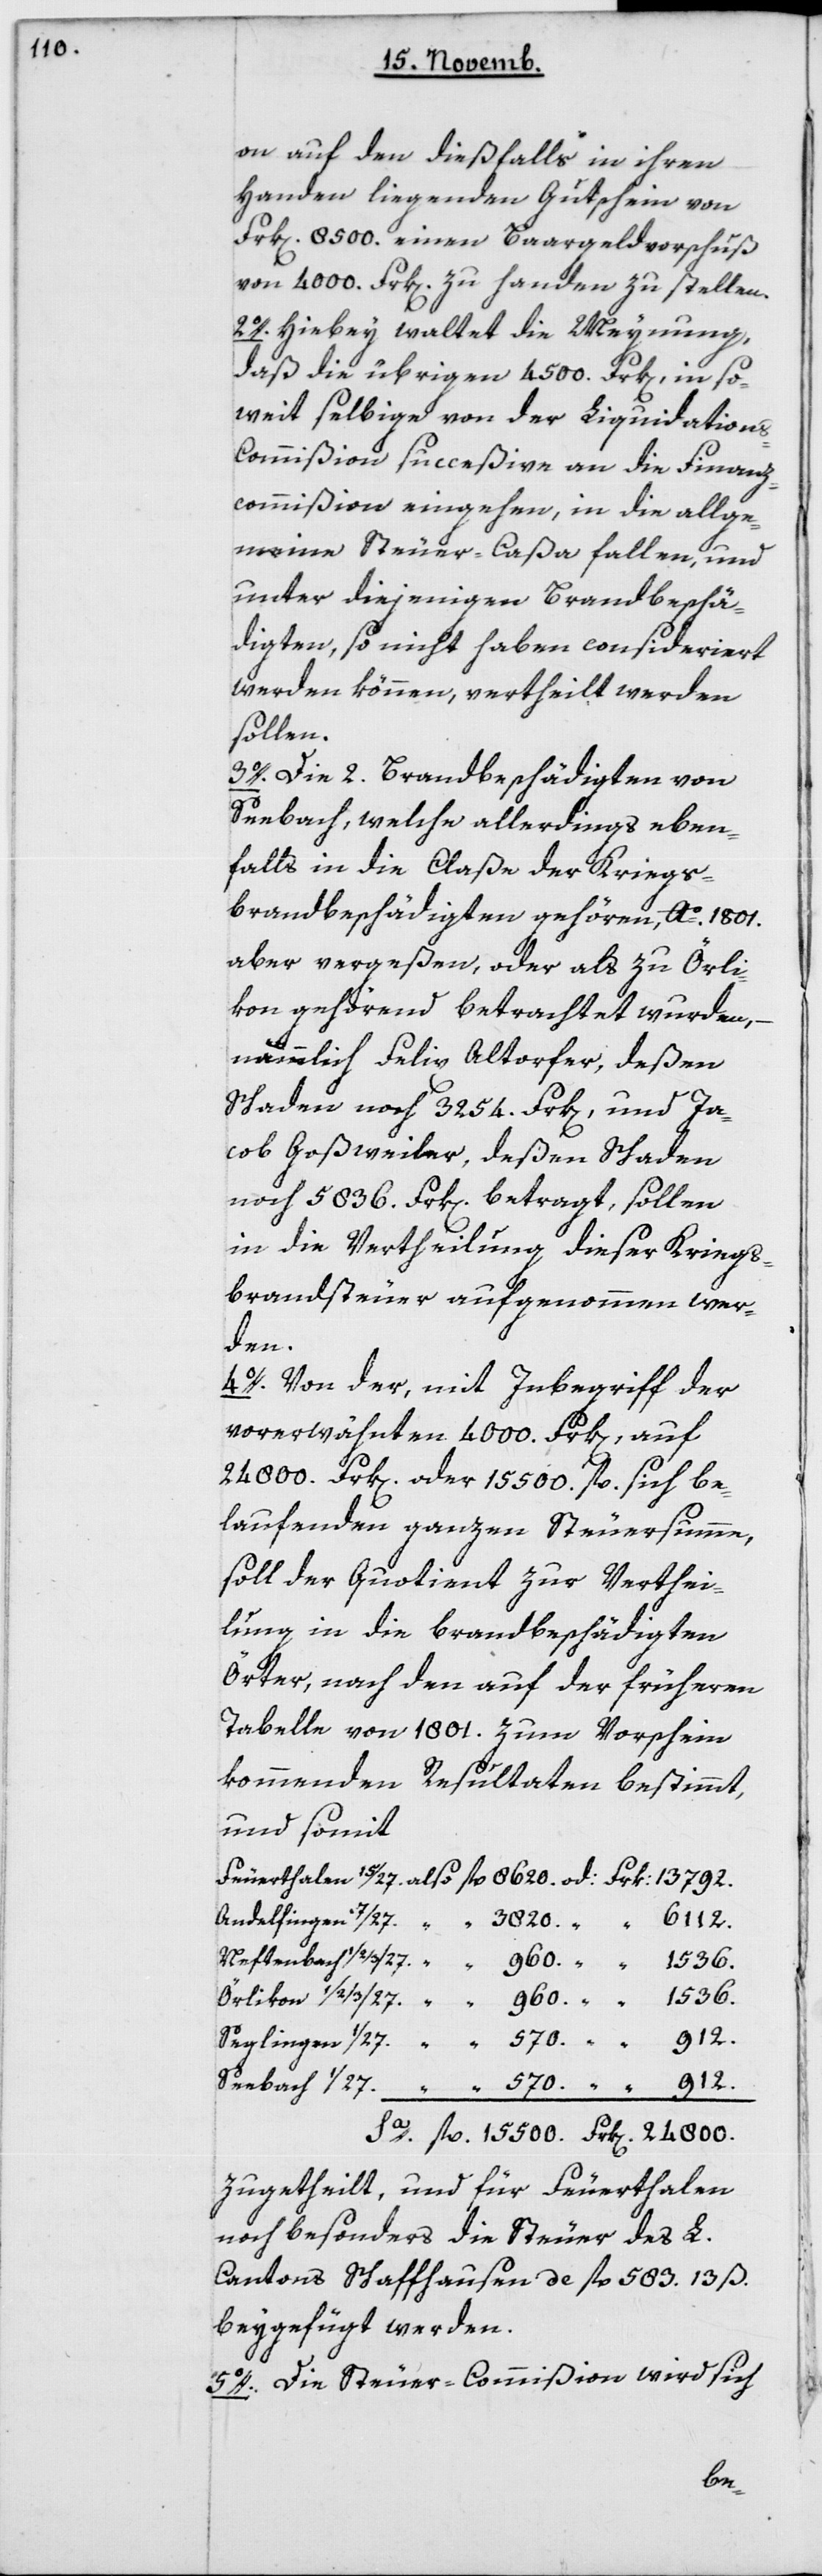
800.

24
on auf den dießfalls in ihren
Handen liegenden Gutschein von
Frk[en] 8'500 einen Bargeld-Vorschuß
von 4'000 Frk[en] zu Handen zu stellen.
2o. Hiebey waltet die Meynung,
daß die übrigen 4'500 Frk[en], inso¬
weit selbige von der Liquidation¬
s-Commißion succeßive an die Finanz¬
commißion eingehen, in die allge¬
meine Steuer-Caßa fallen, und
unter diejenigen Brandbeschä¬
digten, so nicht haben consideriert
werden können, vertheilt werden
sollen.
3o. Die zwey Brandbeschädigten von
Seebach, welche allerdings eben¬
falls in die Claße der Kriegs¬
brandbeschädigten gehören, Ao. 1801
aber vergeßen, oder als zu Örli¬
kon gehörend betrachtet wurden,
nämmlich Felix Altorfer, deßen
Schaden noch 3'254 Frk[en], und Ja¬
cob Goßweiler, deßen Schaden
noch 5'836 Frk[en] betragt, sollen
in die Vertheilung dieser Kriegs¬
brandsteuer aufgenommen wer¬
den.
4o. Von der, mit Inbegriff der
vorerwähnten 4'000 Frk[en], auf
24'800 Frk[en] oder 15'500 fl. sich be¬
laufenden ganzen Steuersumme,
soll der Quotient zur Verthei¬
lung in die brandbeschädigten
Örter, nach den auf der früheren
Tabelle von 1801 zum Vorschein
kommenden Resultaten bestimmt
und somit
zugetheilt, und für Feuerthalen
noch besonders die Steuer des L.
Cantons Schaffhausen de 583 fl. 13 ß
beygefügt werden.
5o. Die Steuer-Commißion wird sich